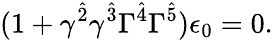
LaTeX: (1+\gamma^{\hat{2}}\gamma^{\hat{3}}\Gamma^{\hat{4}}\Gamma^{\hat{5}})\epsilon_{0}=0.